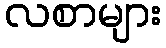
လစာများ